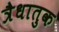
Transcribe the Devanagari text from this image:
त्रैधातुक